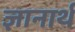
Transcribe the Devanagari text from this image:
ज्ञानार्थ